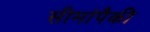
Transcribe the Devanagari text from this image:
सीमांपैकी